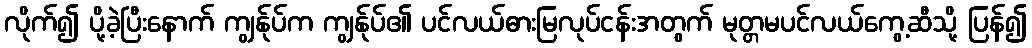
လိုက်၍ ပို့ခဲ့ပြီးနောက် ကျွန်ုပ်က ကျွန်ုပ်၏ ပင်လယ်ဓားမြလုပ်ငန်းအတွက် မုတ္တမပင်လယ်ကွေ့ဆီသို့ ပြန်၍